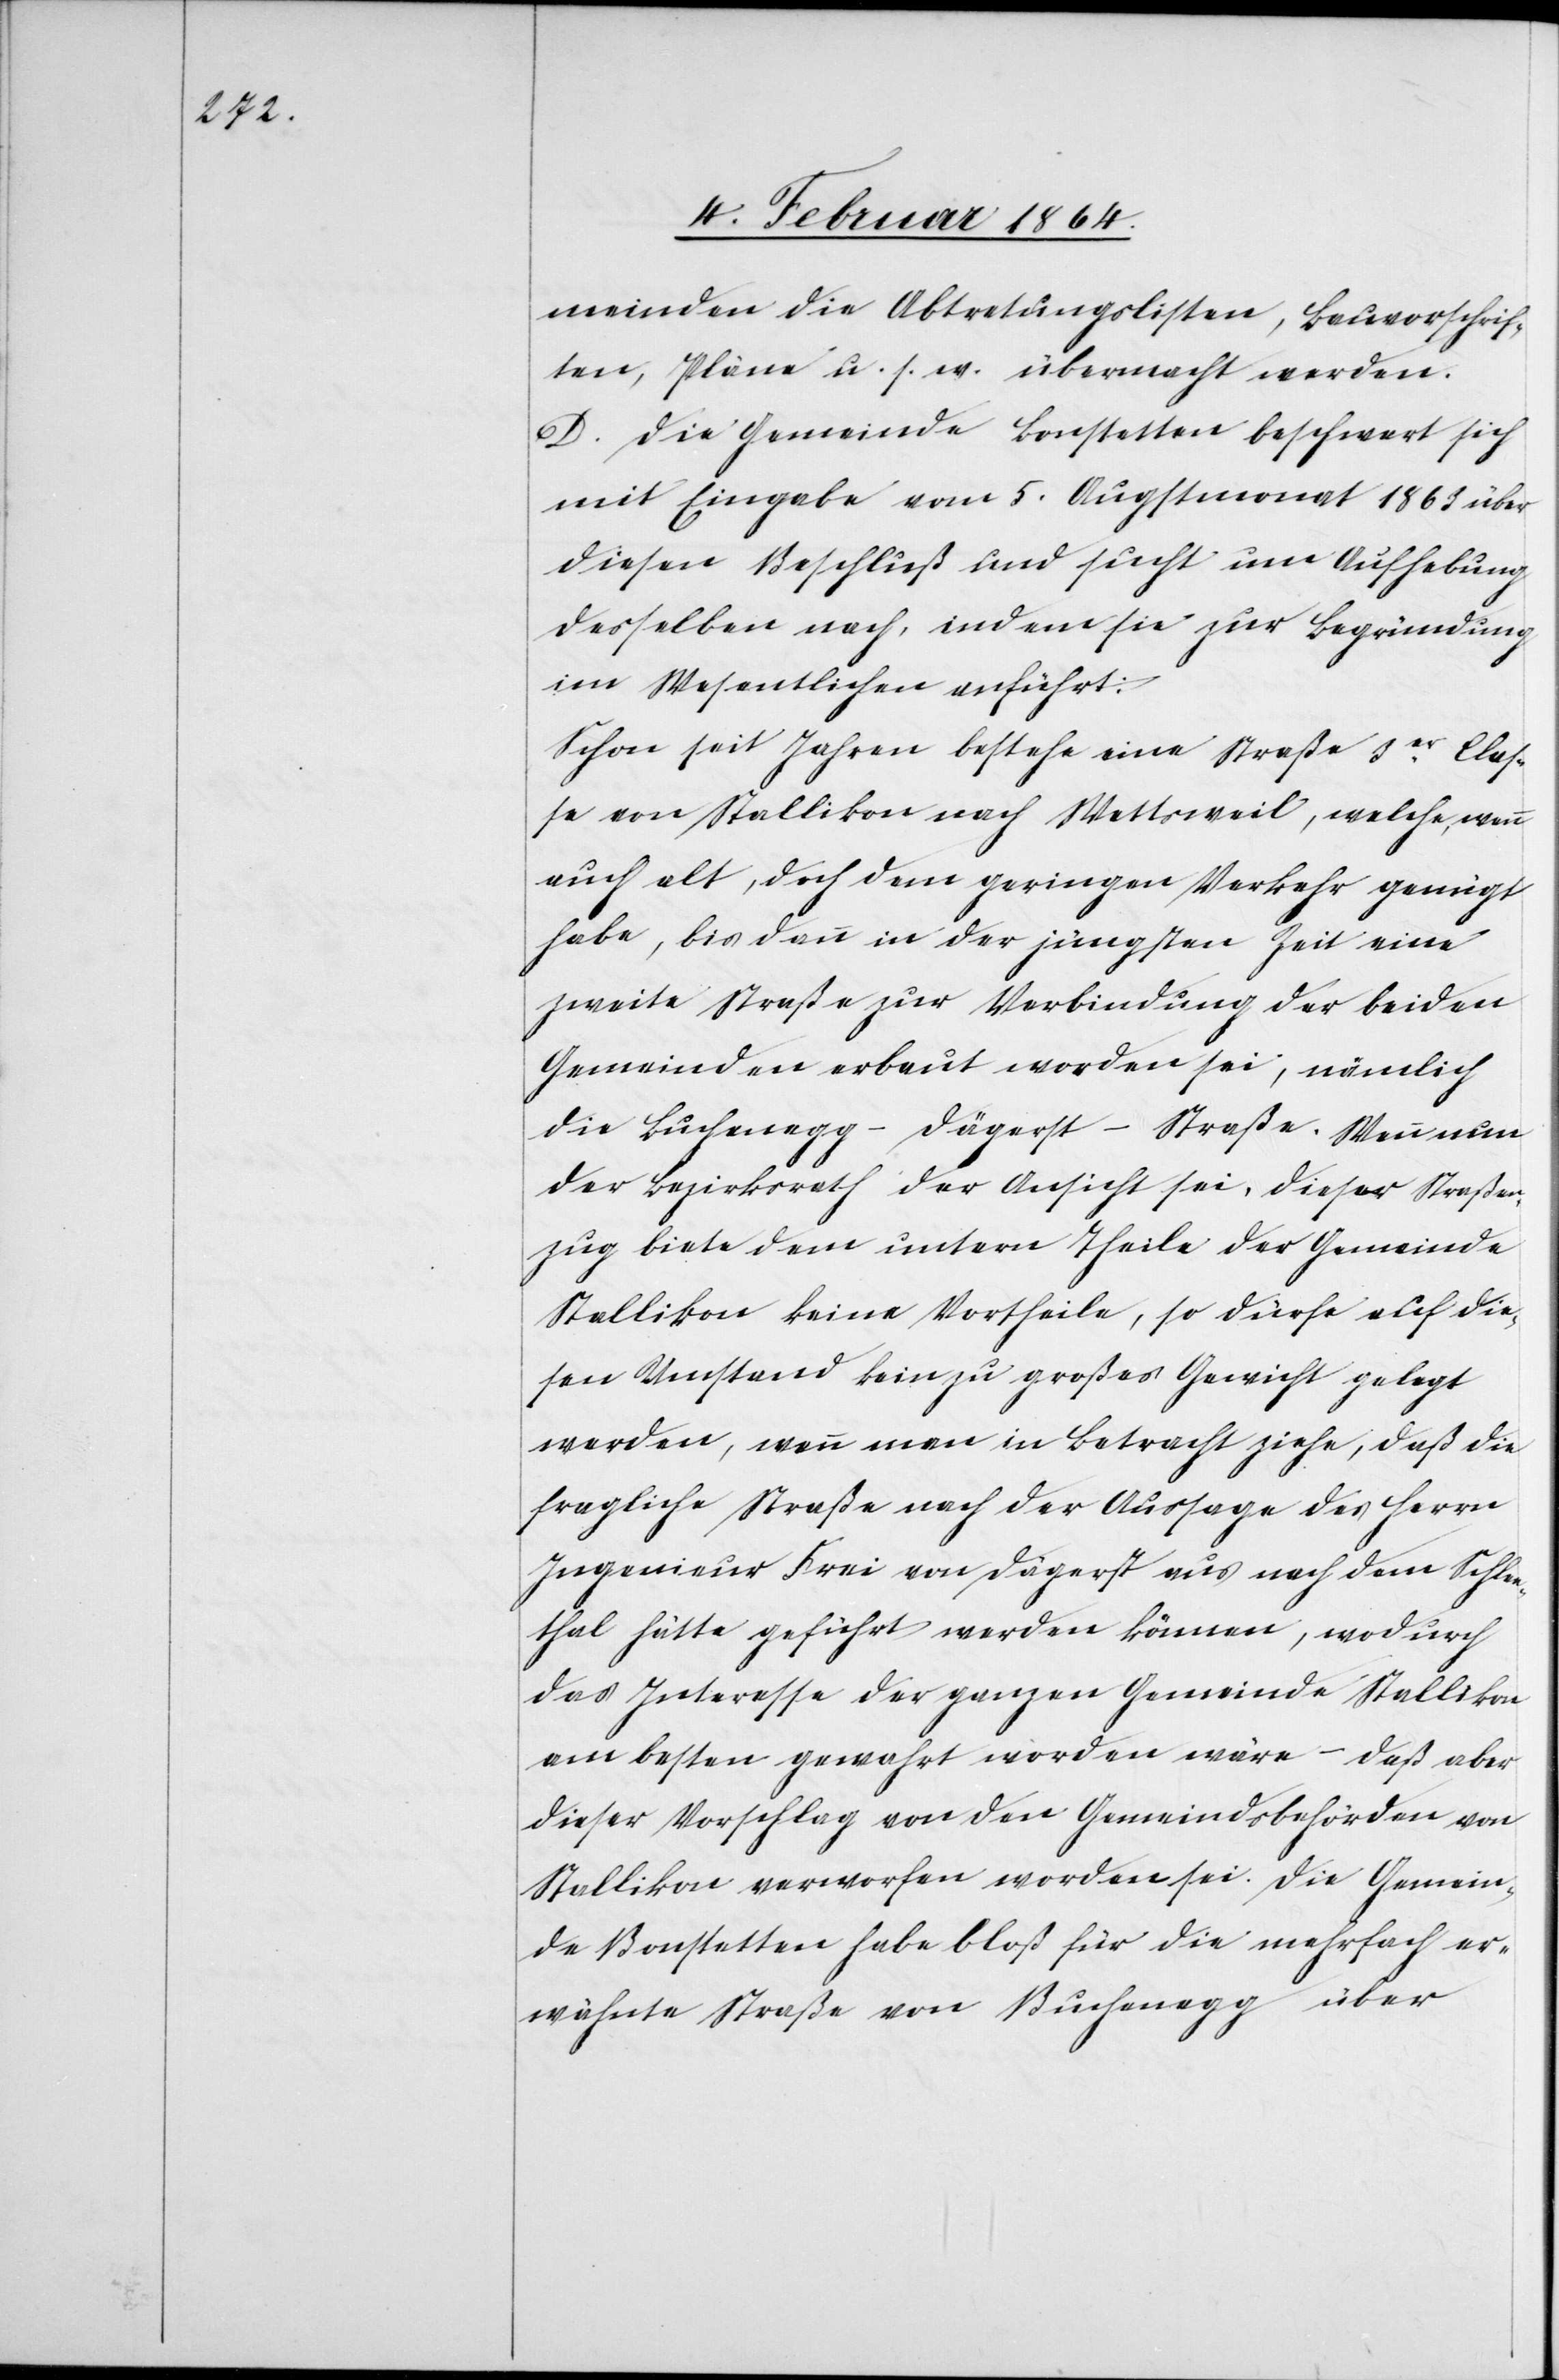
meinden die Abtretungslisten, Bauvorschrif¬
ten, Pläne u. s. w. übermacht werden.
D. Die Gemeinde Bonstetten beschwert sich
mit Eingabe vom 5. Augstmonat 1863 über
diesen Beschluß und sucht um Aufhebung
desselben nach, indem sie zur Begründung
im Wesentlichen anführt:
Schon seit Jahren bestehe eine Straße 3er Clas¬
se von Stallikon nach Wettsweil, welche, wenn
auch alt, doch dem geringen Verkehr genügt
habe, bis dann in der jüngsten Zeit eine
zweite Straße zur Verbindung der beiden
Gemeinden erbaut worden sei; nämlich
die Buchenegg-Dägerst-Straße. Wenn nun
der Bezirksrath der Ansicht sei, dieser Straßen¬
zug biete dem untern Theile der Gemeinde
Stallikon keine Vortheile, so dürfe auf die¬
sen Umstand kein zu großes Gewicht gelegt
werden, wenn man in Betracht ziehe, daß die
fragliche Straße nach der Aussage des Herrn
Ingenieur Frei von Dägerst aus nach dem Schlee¬
thal hätte geführt werden können, wodurch
das Interesse der ganzen Gemeinde Stallikon
am besten gewahrt worden wäre – daß aber
dieser Vorschlag von den Gemeindsbehörden von
Stallikon verworfen worden sei. Die Gemein¬
de Bonstetten habe bloß für die mehrfach er¬
wähnte Straße von Buchenegg über